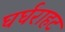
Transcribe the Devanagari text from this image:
घर्घराहट